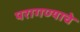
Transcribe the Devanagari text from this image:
परागण्याचे